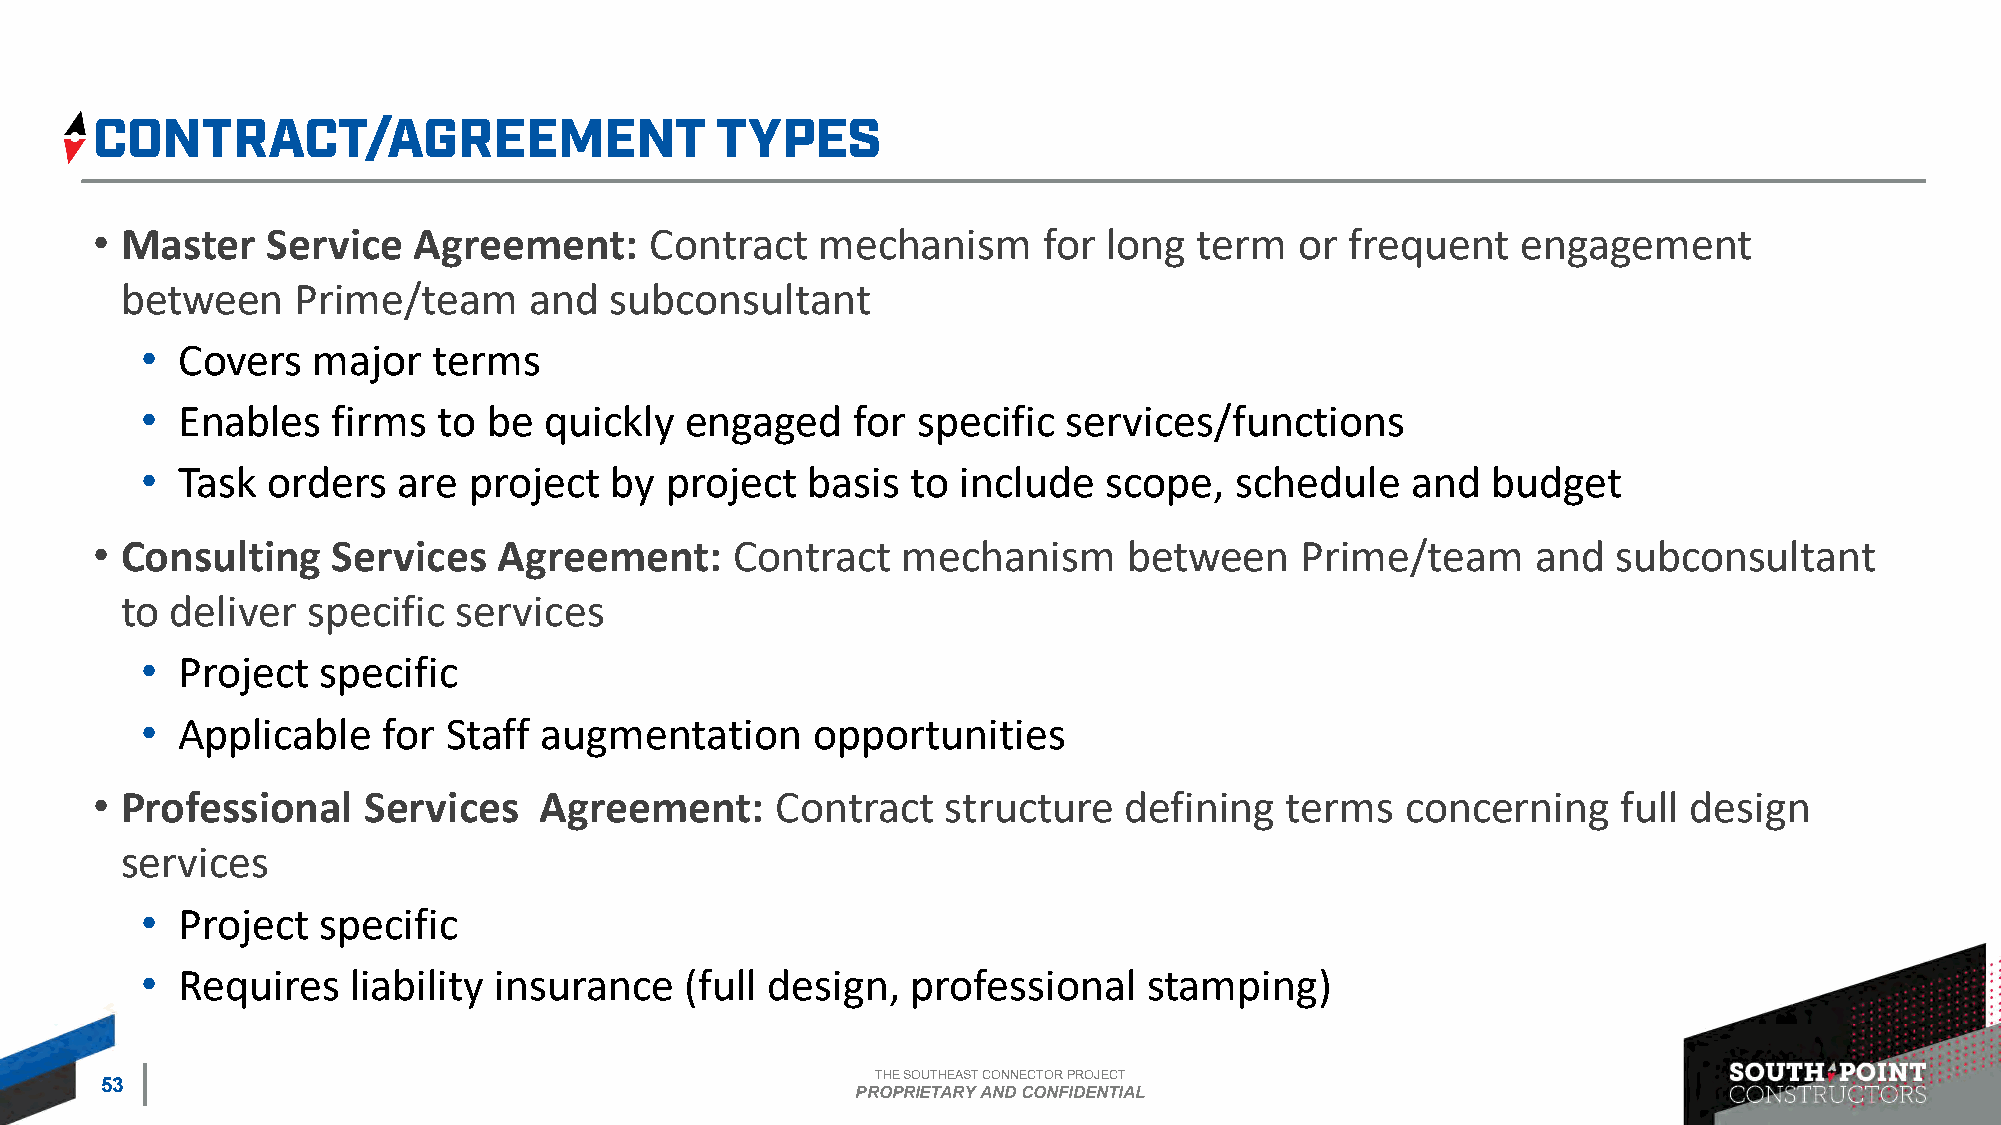
• Master    Service  Agreement:      Contract   mechanism      for long  term   or frequent    engagement
 between     Prime/team     and  subconsultant
 •  Covers   major   terms
 •  Enables   firms  to be  quickly  engaged    for  specific  services/functions
 •  Task  orders  are  project  by  project  basis  to  include  scope,   schedule   and   budget
 • Consulting    Services   Agreement:     Contract    mechanism      between    Prime/team      and  subconsultant
 to deliver  specific  services
 •  Project  specific
 •  Applicable   for  Staff augmentation      opportunities
 • Professional    Services    Agreement:     Contract    structure  defining   terms   concerning    full design
 services
 •  Project  specific
 •  Requires   liability insurance   (full design,  professional    stamping)
 THE SOUTHEAST CONNECTOR PROJECT
 53
 PROPRIETARY AND CONFIDENTIAL